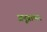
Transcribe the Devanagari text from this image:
अनूप्राणन